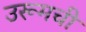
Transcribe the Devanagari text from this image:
उरूमची